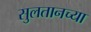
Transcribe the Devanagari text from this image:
सुलतानच्या